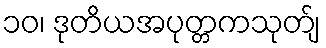
၁၀၊ ဒုတိယအပုတ္တကသုတ်ျ